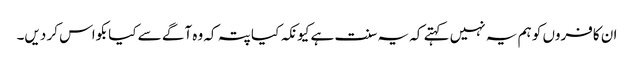
ان کافروں کو ہم یہ نہیں کہتے کہ یہ سنت ہے کیونکہ کیا پتہ کہ وہ آگے سے کیا بکواس کر دیں۔